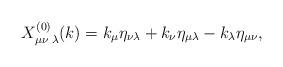
LaTeX: \begin{align*} X^{(0)}_{\mu\nu\;\lambda}(k)=k_{\mu}\eta_{\nu\lambda}+k_{\nu}\eta_{\mu\lambda}-k_{\lambda}\eta_{\mu\nu},\end{align*}